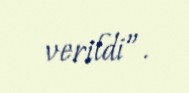
verildi”.